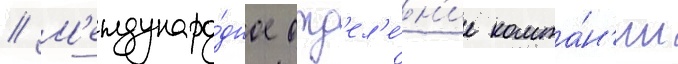
// М'еждунаро́дное отд'ел'е́н'ие компа́н'ии